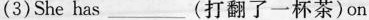
(3) She has ___ (打翻了一杯茶)on